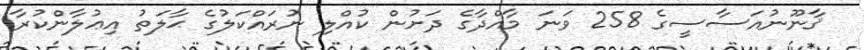
ޤާނޫނުއަސާސީގެ 258 ވަނަ މާއްދާގެ ދަށުން ކުއްލި ނުރައްކަލުގެ ޙާލަތު އިޢުލާންކުރާ